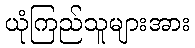
ယုံကြည်သူများအား